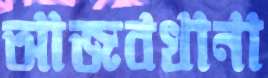
আজবখানা